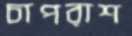
চাপরাশ